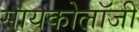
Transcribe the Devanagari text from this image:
सायकोलॉजी